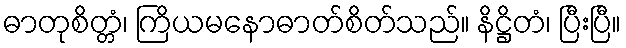
ဓာတုစိတ္တံ၊ ကြိယမနောဓာတ်စိတ်သည်။ နိဋ္ဌိတံ၊ ပြီးပြီ။